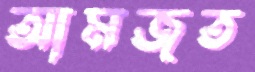
আমজত